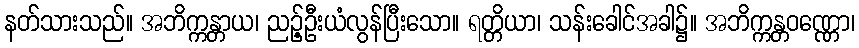
နတ်သားသည်။ အဘိက္ကန္တာယ၊ ညဉ့်ဦးယံလွန်ပြီးသော။ ရတ္တိယာ၊ သန်းခေါင်အခါ၌။ အဘိက္ကန္တဝဏ္ဏော၊